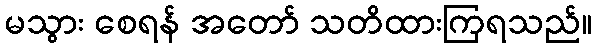
မသွား စေရန် အတော် သတိထားကြရသည်။